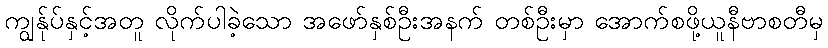
ကျွန်ုပ်နှင့်အတူ လိုက်ပါခဲ့သော အဖော်နှစ်ဦးအနက် တစ်ဦးမှာ အောက်စဖို့ယူနီဗာစတီမှ